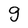
Character: g